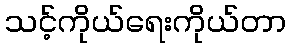
သင့်ကိုယ်ရေးကိုယ်တာ